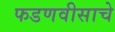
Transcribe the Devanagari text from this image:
फडणवीसाचे